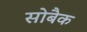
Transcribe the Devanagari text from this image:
सोबैक